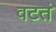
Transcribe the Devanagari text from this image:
वटतं